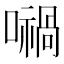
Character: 𡁜